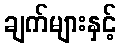
ချက်များနှင့်